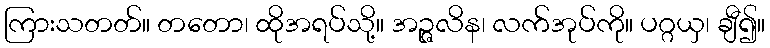
ကြားသတတ်။ တတော၊ ထိုအရပ်သို့။ အဉ္ဇလိန၊ လက်အုပ်ကို။ ပဂ္ဂယှ၊ ချီ၍။